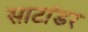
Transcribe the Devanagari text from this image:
साटांडर